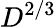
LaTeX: D^{2/3}